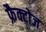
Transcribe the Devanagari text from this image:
फ्रैक्टोज